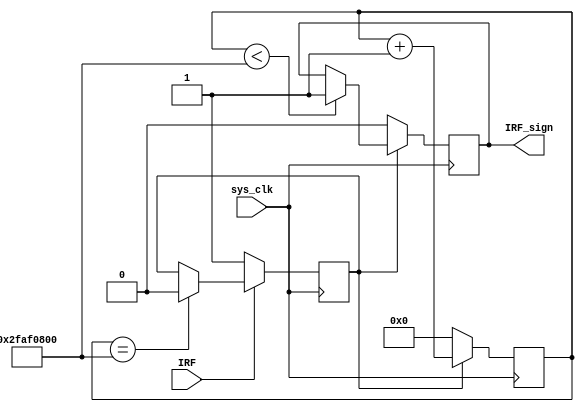
module sign_made(
	sys_clk,
	IRF,
	IRF_sign);

	//---Ports declearation: generated by Robei---
	input sys_clk;
	input IRF;
	output IRF_sign;

	wire sys_clk;
	wire IRF;
	reg IRF_sign;

	//----Code starts here: integrated by Robei-----
	//parameter       MADE1 = 800000000;
	parameter       MADEFZ = 800000000;
	
	reg         [31:0]      made_cnt = 0;
	
	reg                         IRF_m_sign;
	
	always@(posedge sys_clk) begin
	         if(IRF_m_sign) begin
	                  if(made_cnt < MADEFZ) begin
	                         IRF_sign <= 1;
	                        made_cnt = made_cnt + 1; 
	                  end
	                  else begin
	                        made_cnt = made_cnt + 1; 
	                  end
	         end
	        else begin
	                  made_cnt <= 0;
	                  IRF_sign <= 0;
	        end
	
	end
	
	always@(posedge sys_clk) begin
	        if(!IRF) begin
	             IRF_m_sign <= 1;
	        end
	        else if(made_cnt == MADEFZ) begin
	             IRF_m_sign <= 0;
	        end
	        else begin
	             IRF_m_sign <= IRF_m_sign;
	        end
	
	end
	
	
	
endmodule    //sign_made